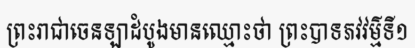
ព្រះរាជាចេនឡាដំបូងមានឈ្មោះថា ព្រះបាទភវវម៌្មទី១